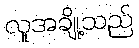
လူအချို့သည်